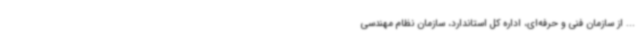
... از سازمان فنی و حرفه‌ای، اداره کل استاندارد، سازمان نظام مهندسی